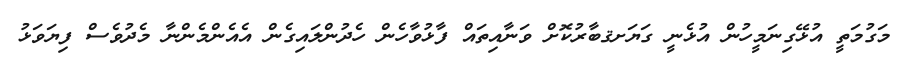
މަގުމަތީ އުޅޭގިނަމީހުން އުޅެނީ ގަޔަށޤބާރުކޮށް ވަނާއިތައް ފާޅުވާހެން ހެދުންލައިގެން އެއެންމެންނާ މެދުވެސް ފިޔަވަޅު